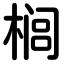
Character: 榈